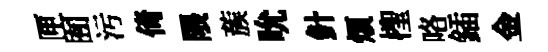
匣囿污倚隈蔟吮針煩檉咯鍤金